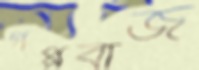
গপ্পবাজ